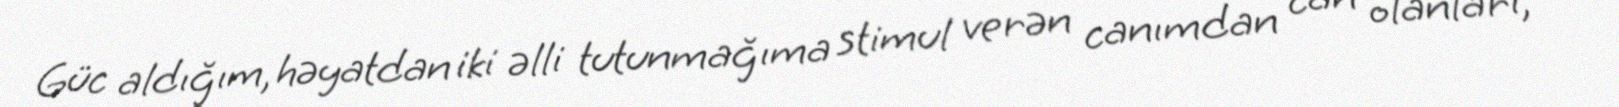
Güc aldığım, həyatdan iki əlli tutunmağıma stimul verən canımdan can olanları,